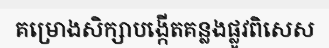
គម្រោងសិក្សាបង្កើតគន្លងផ្លូវពិសេស